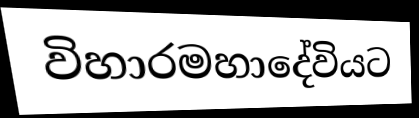
විහාරමහාදේවියට